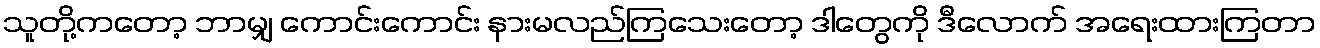
သူတို့ကတော့ ဘာမျှ ကောင်းကောင်း နားမလည်ကြသေးတော့ ဒါတွေကို ဒီလောက် အရေးထားကြတာ